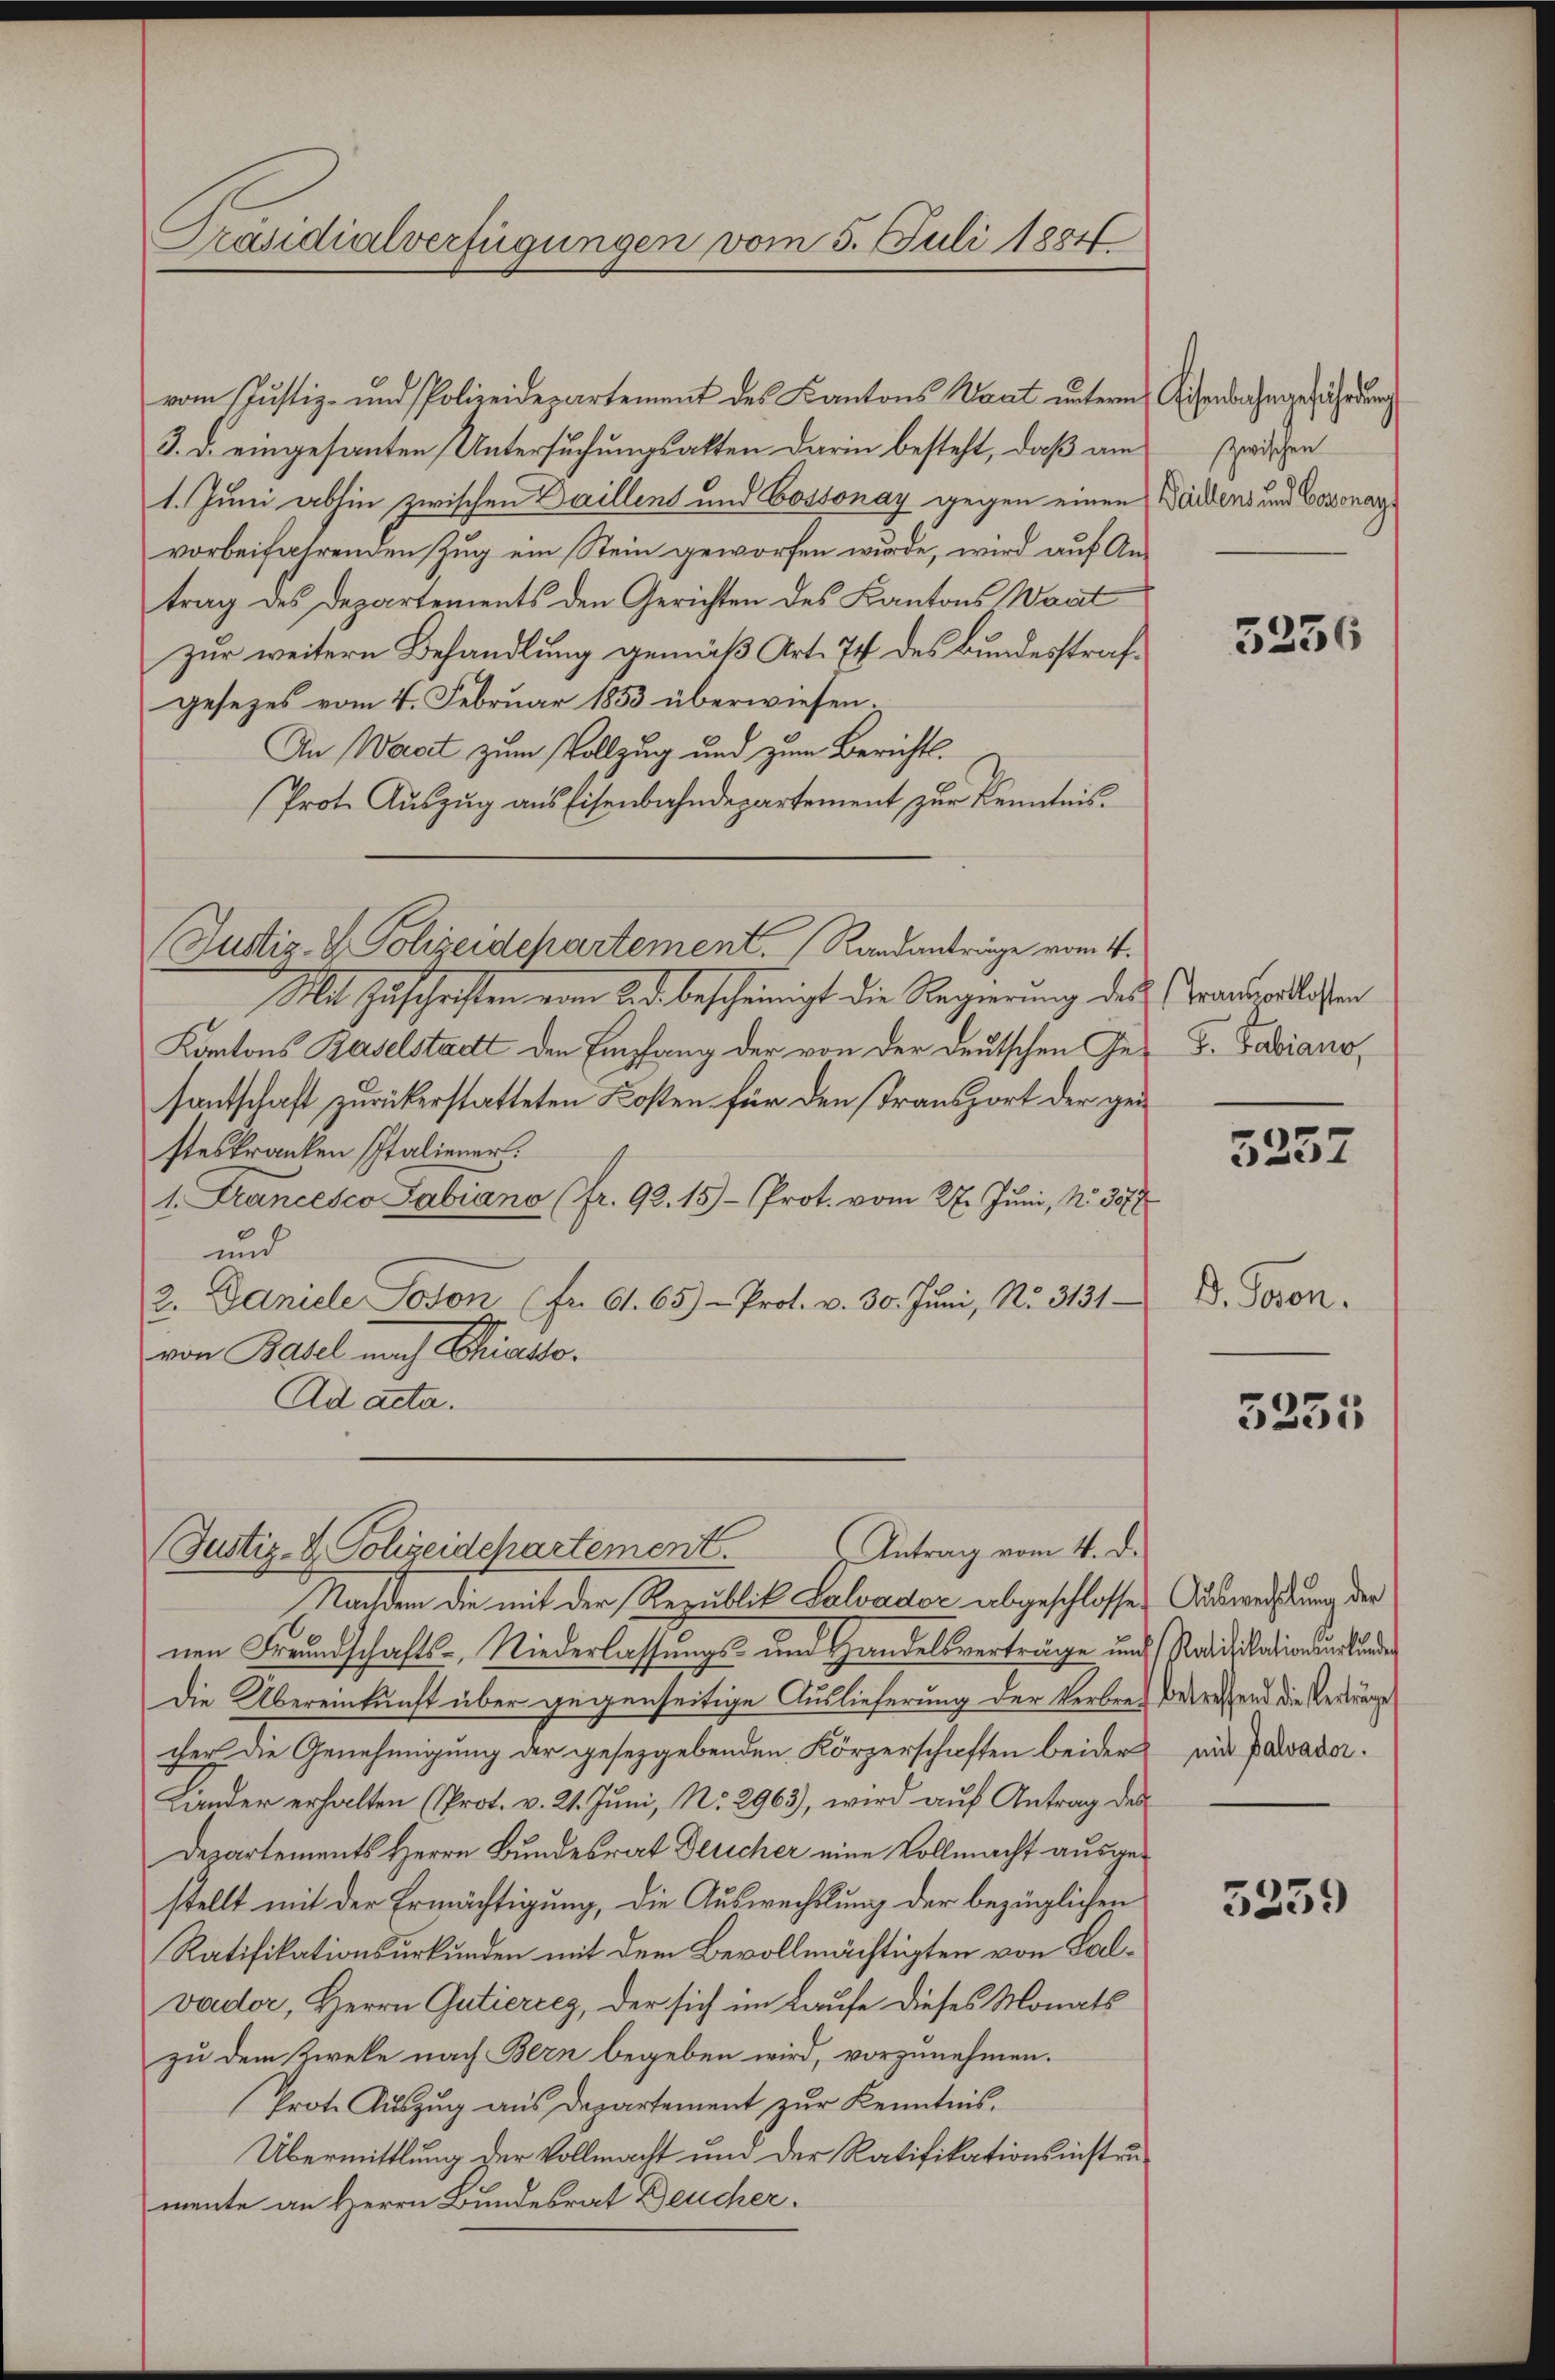
Präsidialverfügungen vom 5. Juli 1884

Antrag vom 4. d.
(Justiz- & Polizeidchartement.

Nachdem die mit der Republik Salvador abgeschlossenen Freundschafts-, Niederlassungs- und Handelsverträge und Podicitationsurkundes
Die Übereinkunft über gegenseitige Auslieferung der Verbrech betreffend die Reitunge
cher die Genehmigung der gesetzgebenden Körperschaften beider
Lander erhalten (Prot. v. 21. Juni, No. 2963), wird auf Antrag des
Departements Herrn Bundesrat Deucher eine Vollmacht ausgestellt mit der Ermächtigung, die Auswechslung der bezüglichen
Ratifikationsurkunden mit dem Bevollmächtigten von Salvader, Herrn Gutiercez, der sich im Laufe dieses Monats
zu dem Zweke nach Bern begeben wird, vorzunehmen.
Prote Aŭszŭg aŭs Departement zŭr Kenntnis.
Übermittlung der Vollmacht und der Ratifikationsinstrumente an Herrn Bundesrat Deucher.

vom Justiz- und Polizeidepartement des Kantons Staat unterm Eisenbahngefährdung
3. d. eingesanten Untersuchungsakten darin besteht, daß am
1. Juni abhin zwischen Daillens und Cossonay gegen einen
vorbeifahrenden Zug ein Stein geworfen wurde, wird auf Antrag des Departements den Gerichten des Kantons Waat
zur weitern Behandlung gemäß Art. 74 des Bundesstrafgesezes vom 4. Februar 1853 überwiesen.
An Wacit zum Vollzug und zum Berichts¬
Prot. Aŭszŭg aŭs Eisenbahndepartement zŭr Kenntnis.
Justiz- & Polizeidchartement. Randantringe vom 4.
Mit Zuschriften von ad bescheinigt die Regierung des
Kantons Baselstadt den Empfang der von der deutschen Ge- F. Fabiano,
santschaft zurückerstatteten Kosten für den Transport der gei
steskranken Italiener.
1. Francesco Sabiano (fr. 92. 15) Prot. vom 27. Juni, No. 3578
und
2. Daniele Joson (fr. 61. 65 - Prot. v. 30. Jŭni, No. 3131
von Basel nach Schickto
Ad acta.

zwischen
Waillens und Cosonay

3236

Transporklosten

3237

D. Seren.

3231

Auswechselung der
mit Dalvador.

3259